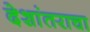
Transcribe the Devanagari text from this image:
देशांतराचा